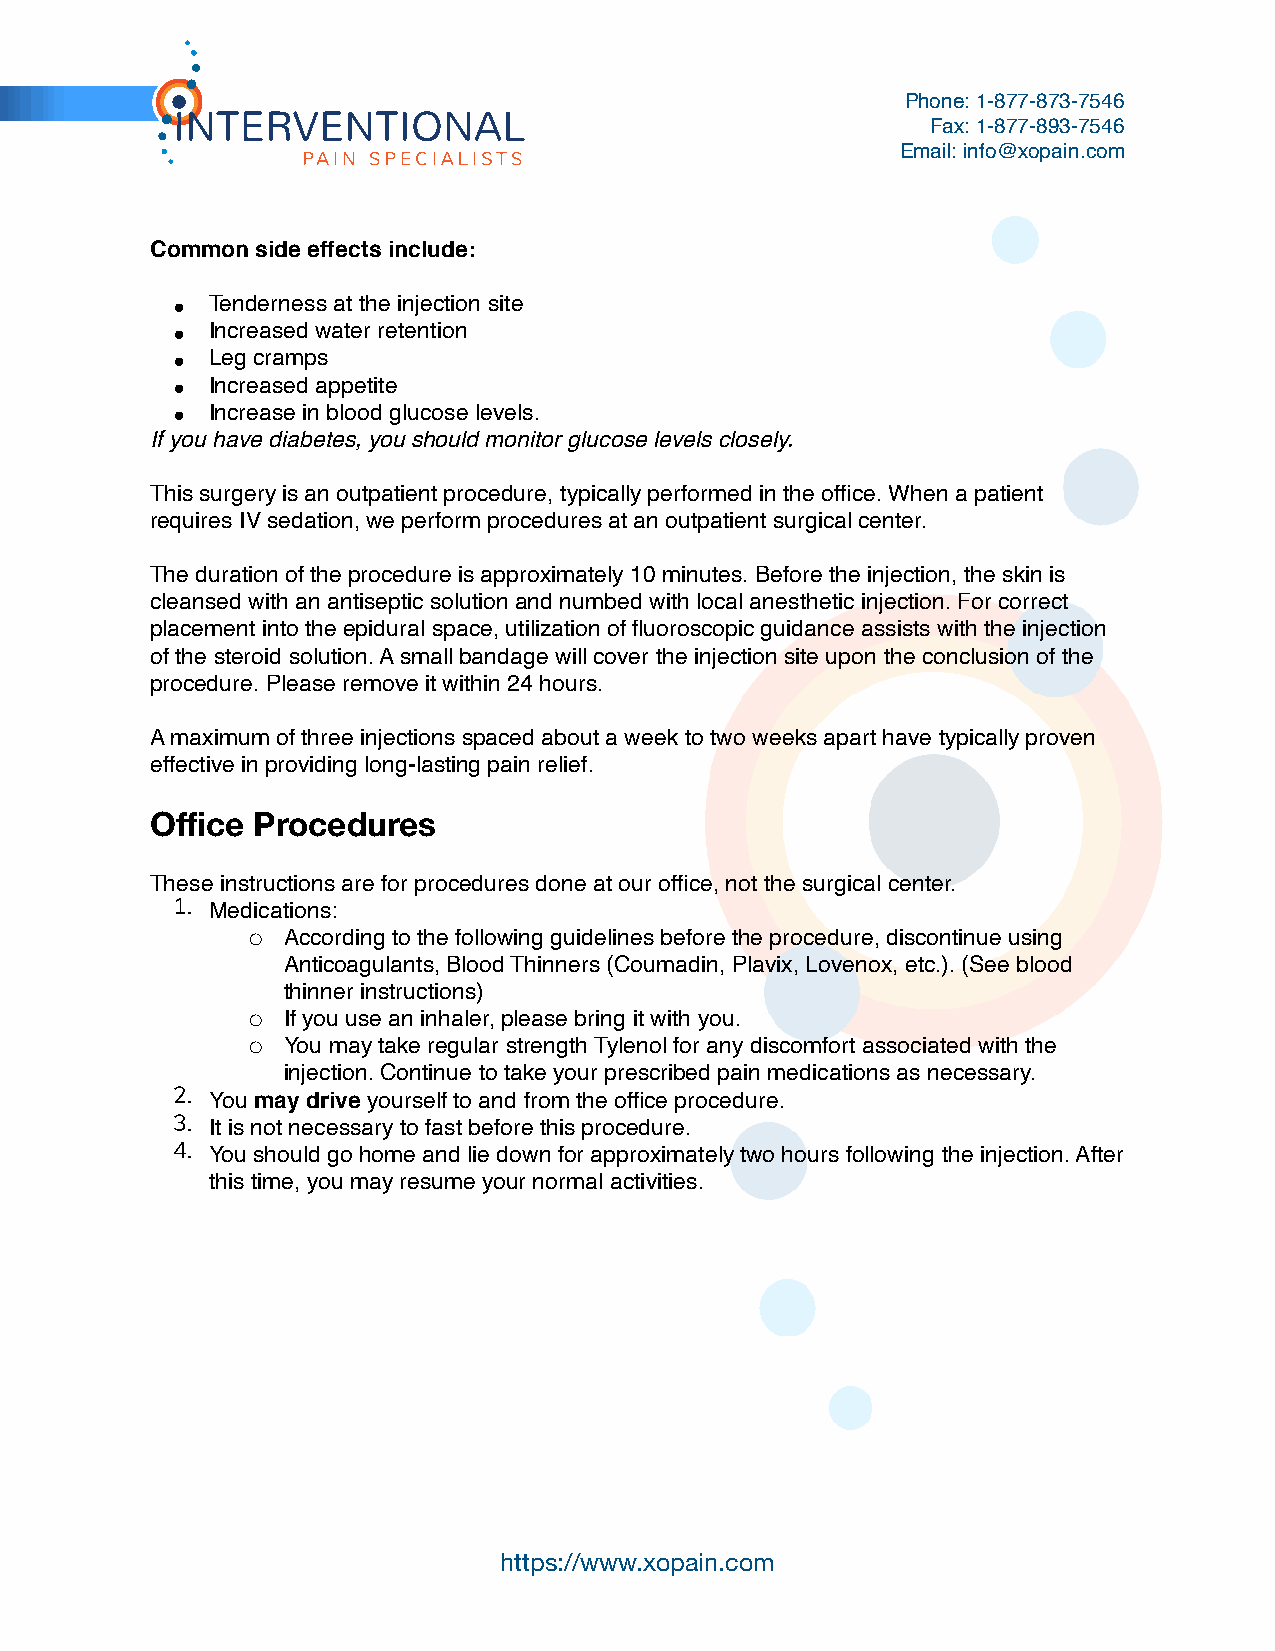
Phone: 1-877-873-7546
 Fax: 1-877-893-7546
 Email: info@xopain.com
 Common side effects include:
 •  Tenderness at the injection site
 •  Increased water retention
 •  Leg cramps
 •  Increased appetite
 •  Increase in blood glucose levels.
 If you have diabetes, you should monitor glucose levels closely.
 This surgery is an outpatient procedure, typically performed in the office. When a patient
 requires IV sedation, we perform procedures at an outpatient surgical center.
 The duration of the procedure is approximately 10 minutes. Before the injection, the skin is
 cleansed with an antiseptic solution and numbed with local anesthetic injection. For correct
 placement into the epidural space, utilization of fluoroscopic guidance assists with the injection
 of the steroid solution. A small bandage will cover the injection site upon the conclusion of the
 procedure. Please remove it within 24 hours.
 A maximum of three injections spaced about a week to two weeks apart have typically proven
 effective in providing long-lasting pain relief.
 Office Procedures
 These instructions are for procedures done at our office, not the surgical center.
 1. Medications:
 ◦  According to the following guidelines before the procedure, discontinue using
 Anticoagulants, Blood Thinners (Coumadin, Plavix, Lovenox, etc.). (See blood
 thinner instructions)
 ◦  If you use an inhaler, please bring it with you.
 ◦  You may take regular strength Tylenol for any discomfort associated with the
 injection. Continue to take your prescribed pain medications as necessary.
 2. You may drive yourself to and from the office procedure.
 3. It is not necessary to fast before this procedure.
 4. You should go home and lie down for approximately two hours following the injection. After
 this time, you may resume your normal activities.
 https://www.xopain.com